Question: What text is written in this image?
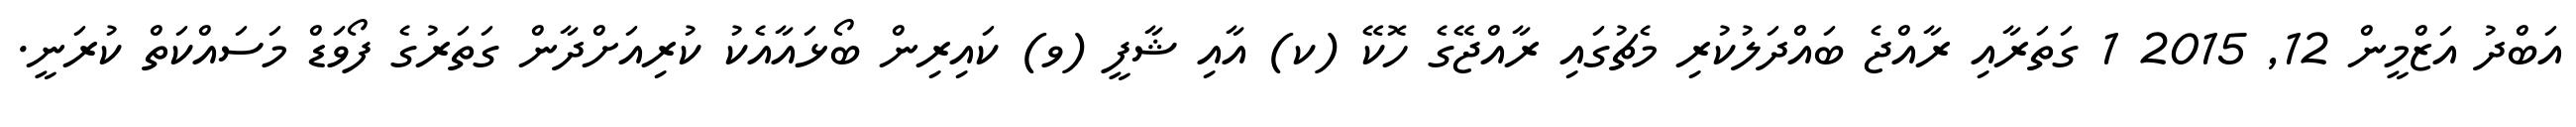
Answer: އަބްދު އަޒްމީން 12, 2015 1 ގަތަރާއި ރާއްޖެ ބައްދަލުކުރި މެޗުގައި ރާއްޖޭގެ ހޮކޭ (ކ) އާއި ޝާފީ (ވ) ކައިރިން ބޯޅައާއެކު ކުރިއަށްދާން ގަތަރުގެ ފޯވަޑް މަސައްކަތް ކުރަނީ.